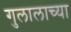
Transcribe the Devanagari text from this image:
गुलालाच्या